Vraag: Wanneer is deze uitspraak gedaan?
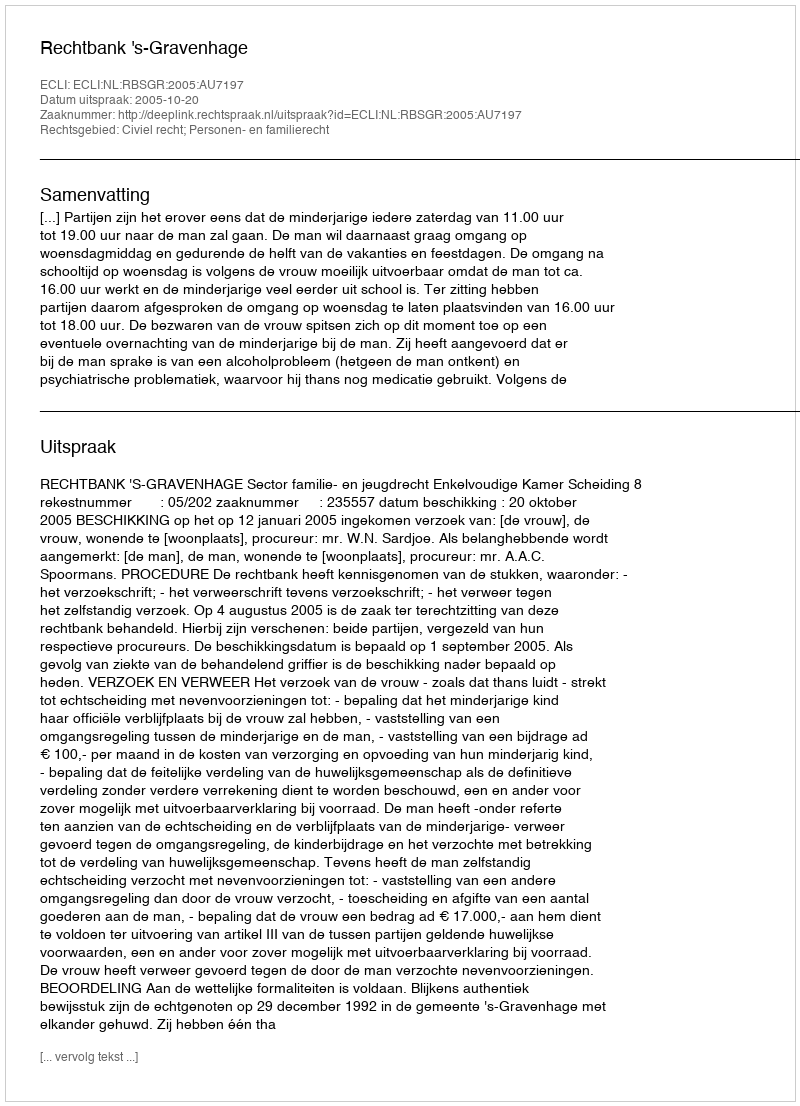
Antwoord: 2005-10-20